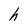
Character: h